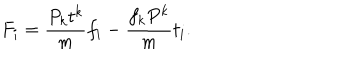
LaTeX: F _ { i } = { \frac { P _ { k } t ^ { k } } { m } } f _ { i } - { \frac { f _ { k } P ^ { k } } { m } } t _ { i } .